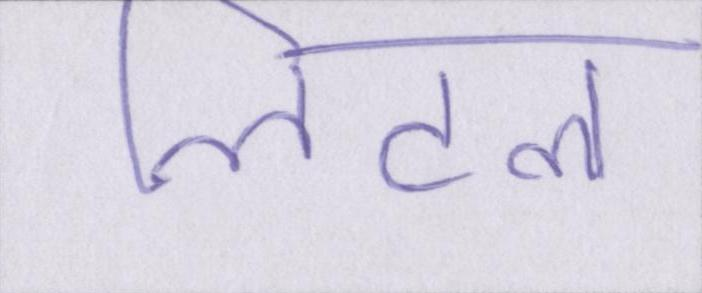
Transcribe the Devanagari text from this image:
लिटल